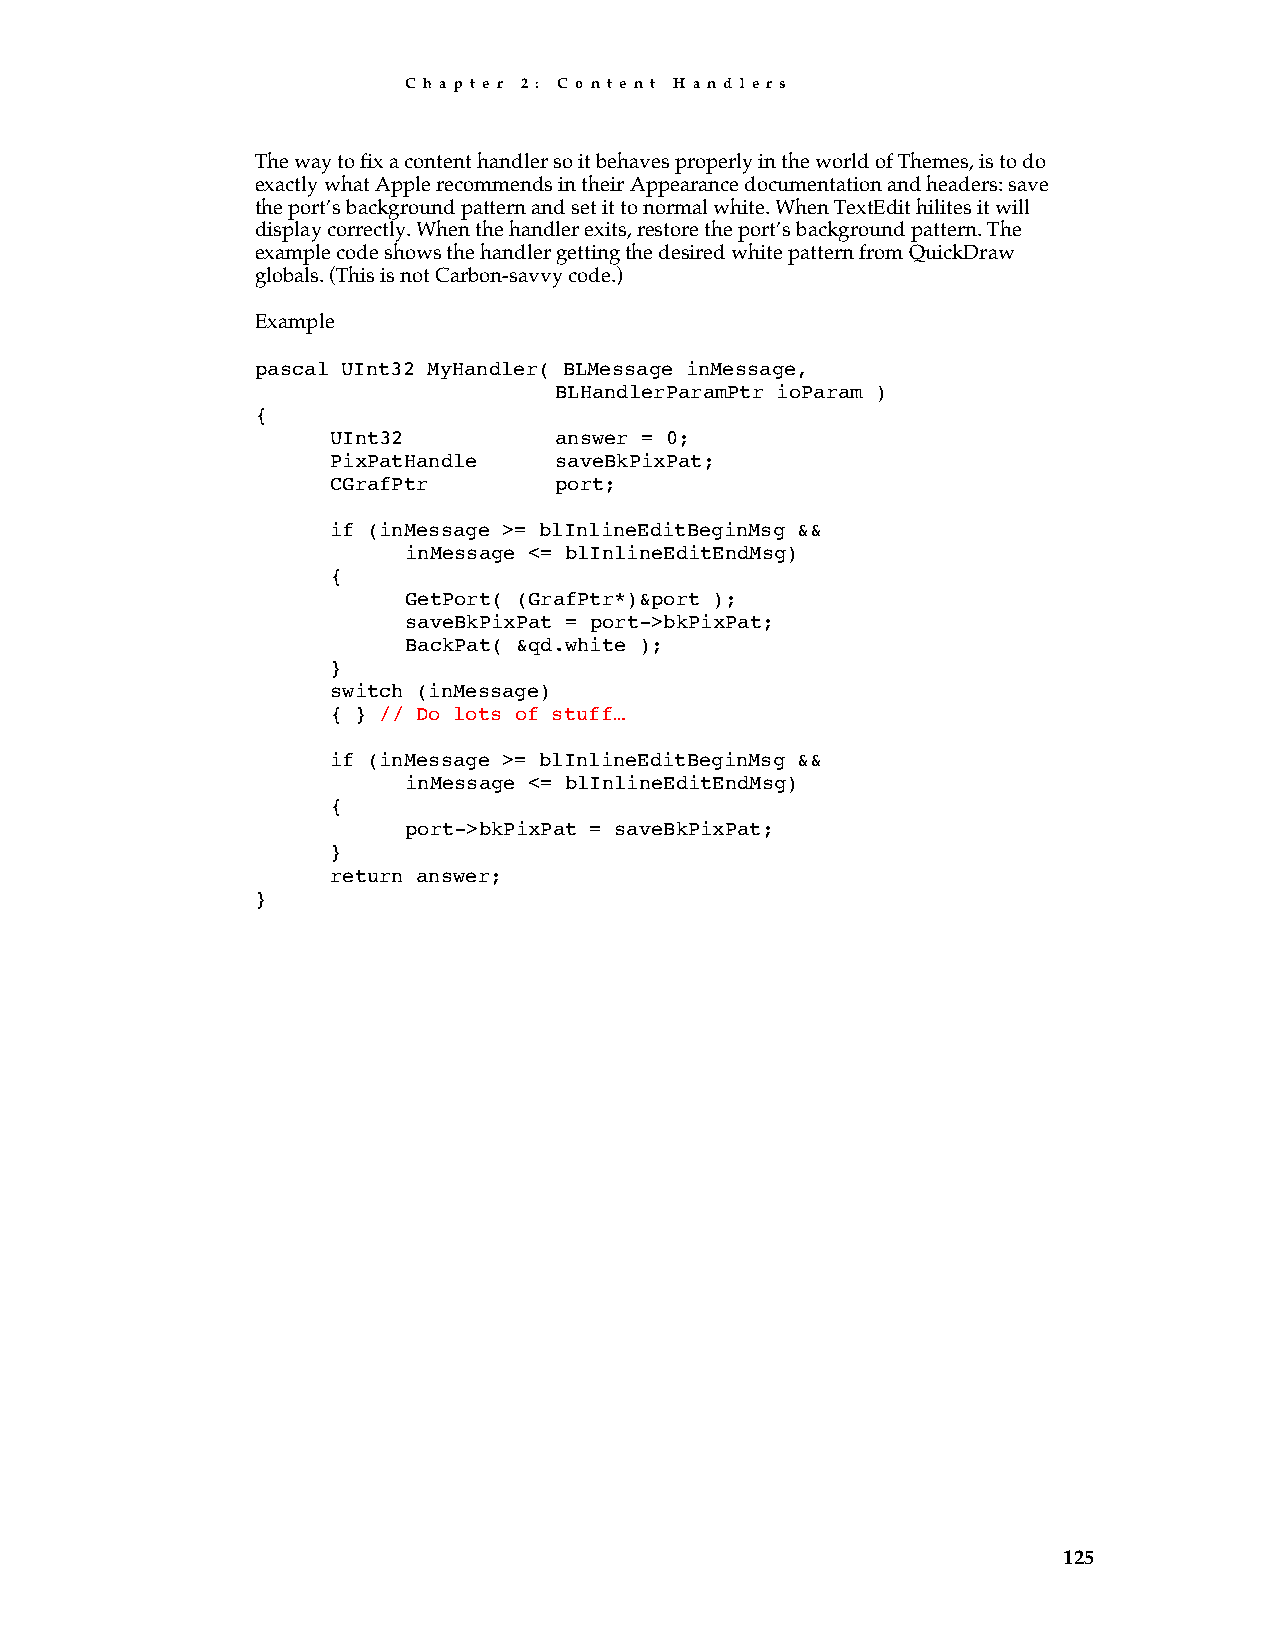
C h a p t e r 2 : C o n t e n t H a n d l e r s
 The way to fix a content handler so it behaves properly in the world of Themes, is to do
 exactly what Apple recommends in their Appearance documentation and headers: save
 the port’s background pattern and set it to normal white. When TextEdit hilites it will
 display correctly. When the handler exits, restore the port’s background pattern. The
 example code shows the handler getting the desired white pattern from QuickDraw
 globals. (This is not Carbon-savvy code.)
 Example
 pascal UInt32 MyHandler( BLMessage inMessage,
 BLHandlerParamPtr ioParam )
 {
 UInt32         answer = 0;
 PixPatHandle   saveBkPixPat;
 CGrafPtr       port;
 if (inMessage >= blInlineEditBeginMsg &&
 inMessage <= blInlineEditEndMsg)
 {
 GetPort( (GrafPtr*)&port );
 saveBkPixPat = port->bkPixPat;
 BackPat( &qd.white );
 }
 switch (inMessage)
 { } // Do lots of stuff…
 if (inMessage >= blInlineEditBeginMsg &&
 inMessage <= blInlineEditEndMsg)
 {
 port->bkPixPat = saveBkPixPat;
 }
 return answer;
 }
 125